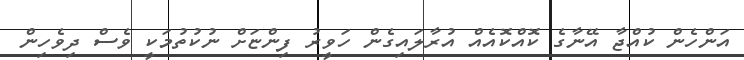
އަންހެން ކުއްޖާ އޭނާގެ ކޮއްކޮއެއް އުރާލައިގެން ހަވީރު ފިންޏަށް ނުކުތުމަކީ ވެސް ދިވެހިން